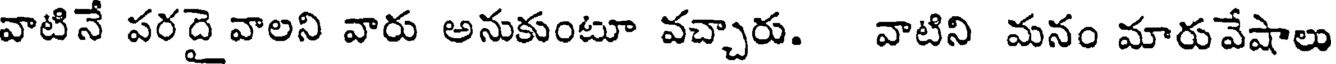
వాటినే పరదై వాలని వారు అనుకుంటూ వచ్చారు. వాటిని మనం మారువేషాలు